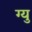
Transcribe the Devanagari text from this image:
ग्यु